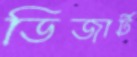
ডিজার্ট